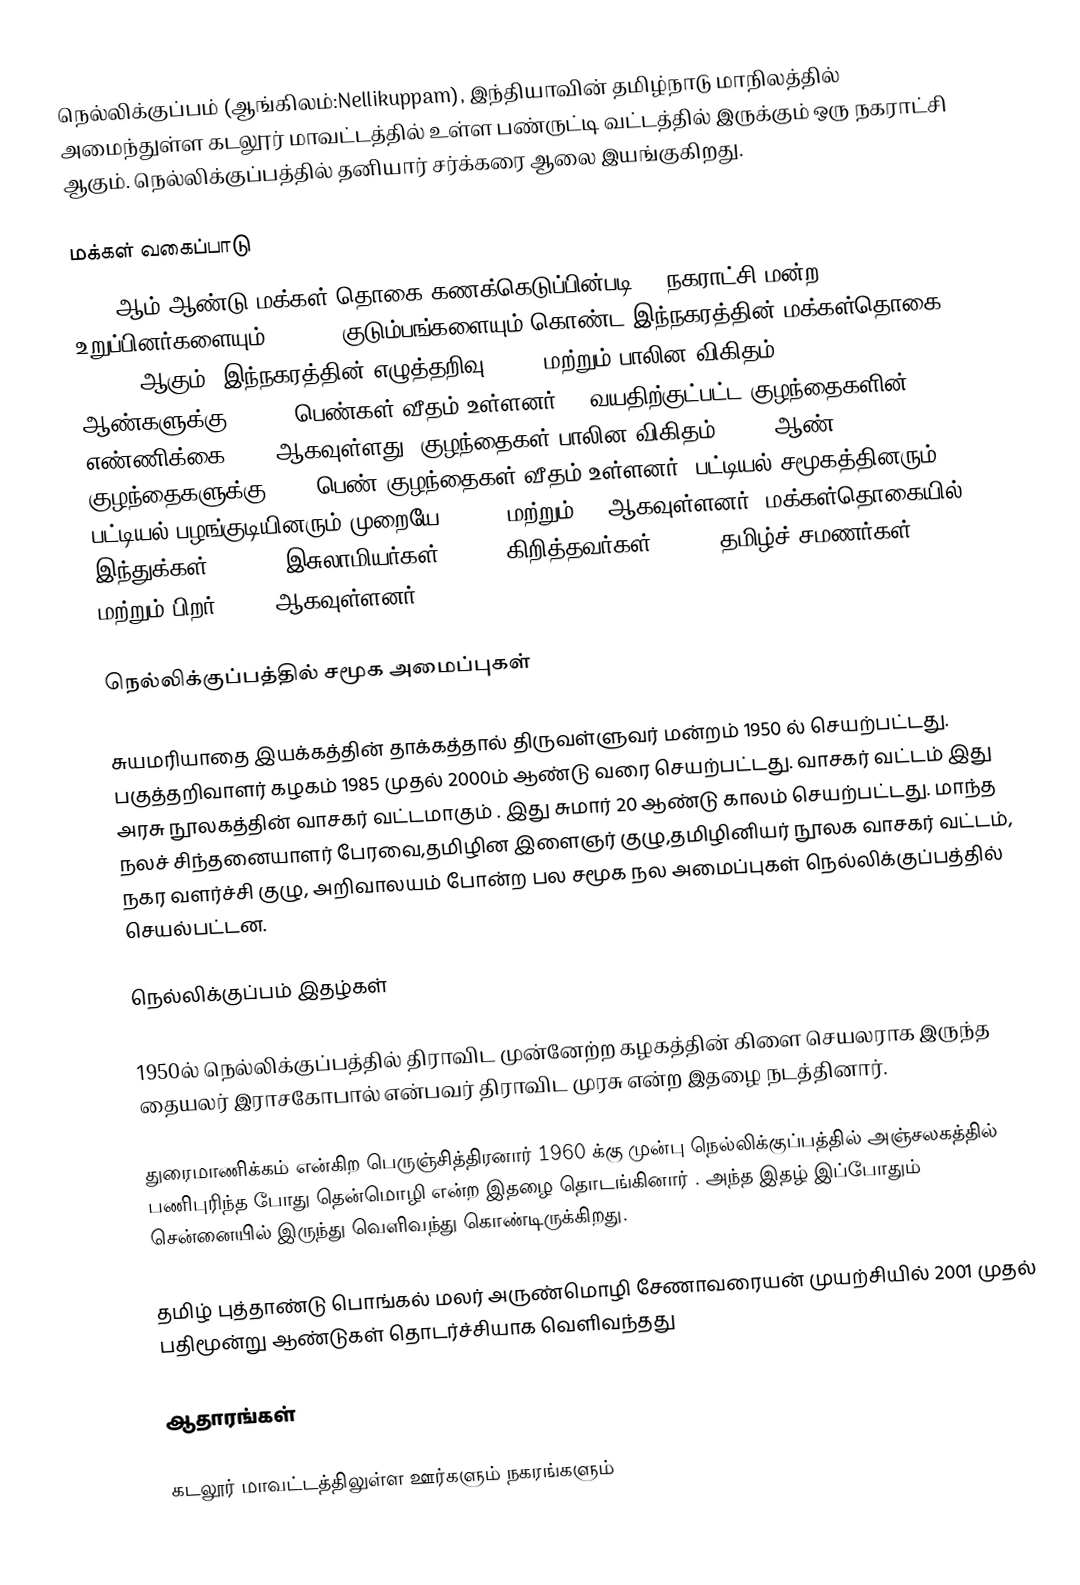
நெல்லிக்குப்பம் (ஆங்கிலம்:Nellikuppam), இந்தியாவின் தமிழ்நாடு மாநிலத்தில் அமைந்துள்ள கடலூர் மாவட்டத்தில் உள்ள பண்ருட்டி வட்டத்தில் இருக்கும் ஒரு நகராட்சி ஆகும். நெல்லிக்குப்பத்தில் தனியார் சர்க்கரை ஆலை இயங்குகிறது.

மக்கள் வகைப்பாடு
2011-ஆம் ஆண்டு மக்கள் தொகை கணக்கெடுப்பின்படி 30 நகராட்சி மன்ற உறுப்பினர்களையும், 10,763 குடும்பங்களையும் கொண்ட இந்நகரத்தின் மக்கள்தொகை 46,678 ஆகும். இந்நகரத்தின் எழுத்தறிவு 82.8% மற்றும் பாலின விகிதம் 1000 ஆண்களுக்கு, 1,028 பெண்கள் வீதம் உள்ளனர். 6 வயதிற்குட்பட்ட குழந்தைகளின்  எண்ணிக்கை 5072 ஆகவுள்ளது. குழந்தைகள் பாலின விகிதம், 1000 ஆண் குழந்தைகளுக்கு, 966  பெண் குழந்தைகள் வீதம் உள்ளனர். பட்டியல் சமூகத்தினரும், பட்டியல் பழங்குடியினரும்  முறையே 16,826 மற்றும் 32 ஆகவுள்ளனர். மக்கள்தொகையில் இந்துக்கள் 75.69%,  இசுலாமியர்கள் 21.7%, கிறித்தவர்கள் 2.29%, தமிழ்ச் சமணர்கள் 0.19%, மற்றும் பிறர் 0.12% ஆகவுள்ளனர்.

நெல்லிக்குப்பத்தில்  சமூக அமைப்புகள்

சுயமரியாதை இயக்கத்தின் தாக்கத்தால் திருவள்ளுவர் மன்றம் 1950 ல் செயற்பட்டது. பகுத்தறிவாளர் கழகம் 1985 முதல் 2000ம் ஆண்டு வரை செயற்பட்டது. வாசகர் வட்டம் இது அரசு நூலகத்தின் வாசகர் வட்டமாகும் . இது சுமார் 20 ஆண்டு காலம் செயற்பட்டது. மாந்த நலச் சிந்தனையாளர் பேரவை,தமிழின இளைஞர் குழு,தமிழினியர்  நூலக வாசகர் வட்டம், நகர வளர்ச்சி குழு, அறிவாலயம்  போன்ற பல சமூக நல அமைப்புகள் நெல்லிக்குப்பத்தில்  செயல்பட்டன.

நெல்லிக்குப்பம் இதழ்கள்

1950ல் நெல்லிக்குப்பத்தில்  திராவிட முன்னேற்ற கழகத்தின் கிளை செயலராக இருந்த தையலர்  இராசகோபால் என்பவர் திராவிட முரசு என்ற இதழை நடத்தினார்.

துரைமாணிக்கம்  என்கிற பெருஞ்சித்திரனார் 1960 க்கு முன்பு நெல்லிக்குப்பத்தில் அஞ்சலகத்தில் பணிபுரிந்த போது தென்மொழி என்ற இதழை  தொடங்கினார் . அந்த இதழ் இப்போதும் சென்னையில் இருந்து வெளிவந்து கொண்டிருக்கிறது.

தமிழ் புத்தாண்டு பொங்கல் மலர் அருண்மொழி சேணாவரையன் முயற்சியில் 2001 முதல் பதிமூன்று ஆண்டுகள் தொடர்ச்சியாக வெளிவந்தது

ஆதாரங்கள்

கடலூர் மாவட்டத்திலுள்ள ஊர்களும் நகரங்களும்